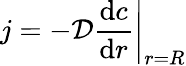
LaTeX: j=-{\cal D}\left.\frac{\mathrm{d}c}{\mathrm{d}r}\right|_{r=R}